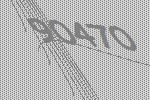
90470